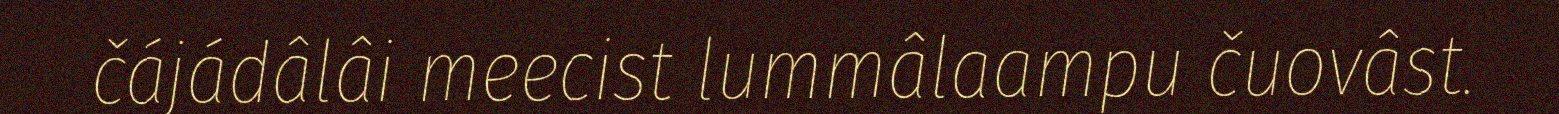
čájádâlâi meecist lummâlaampu čuovâst.